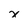
Character: x